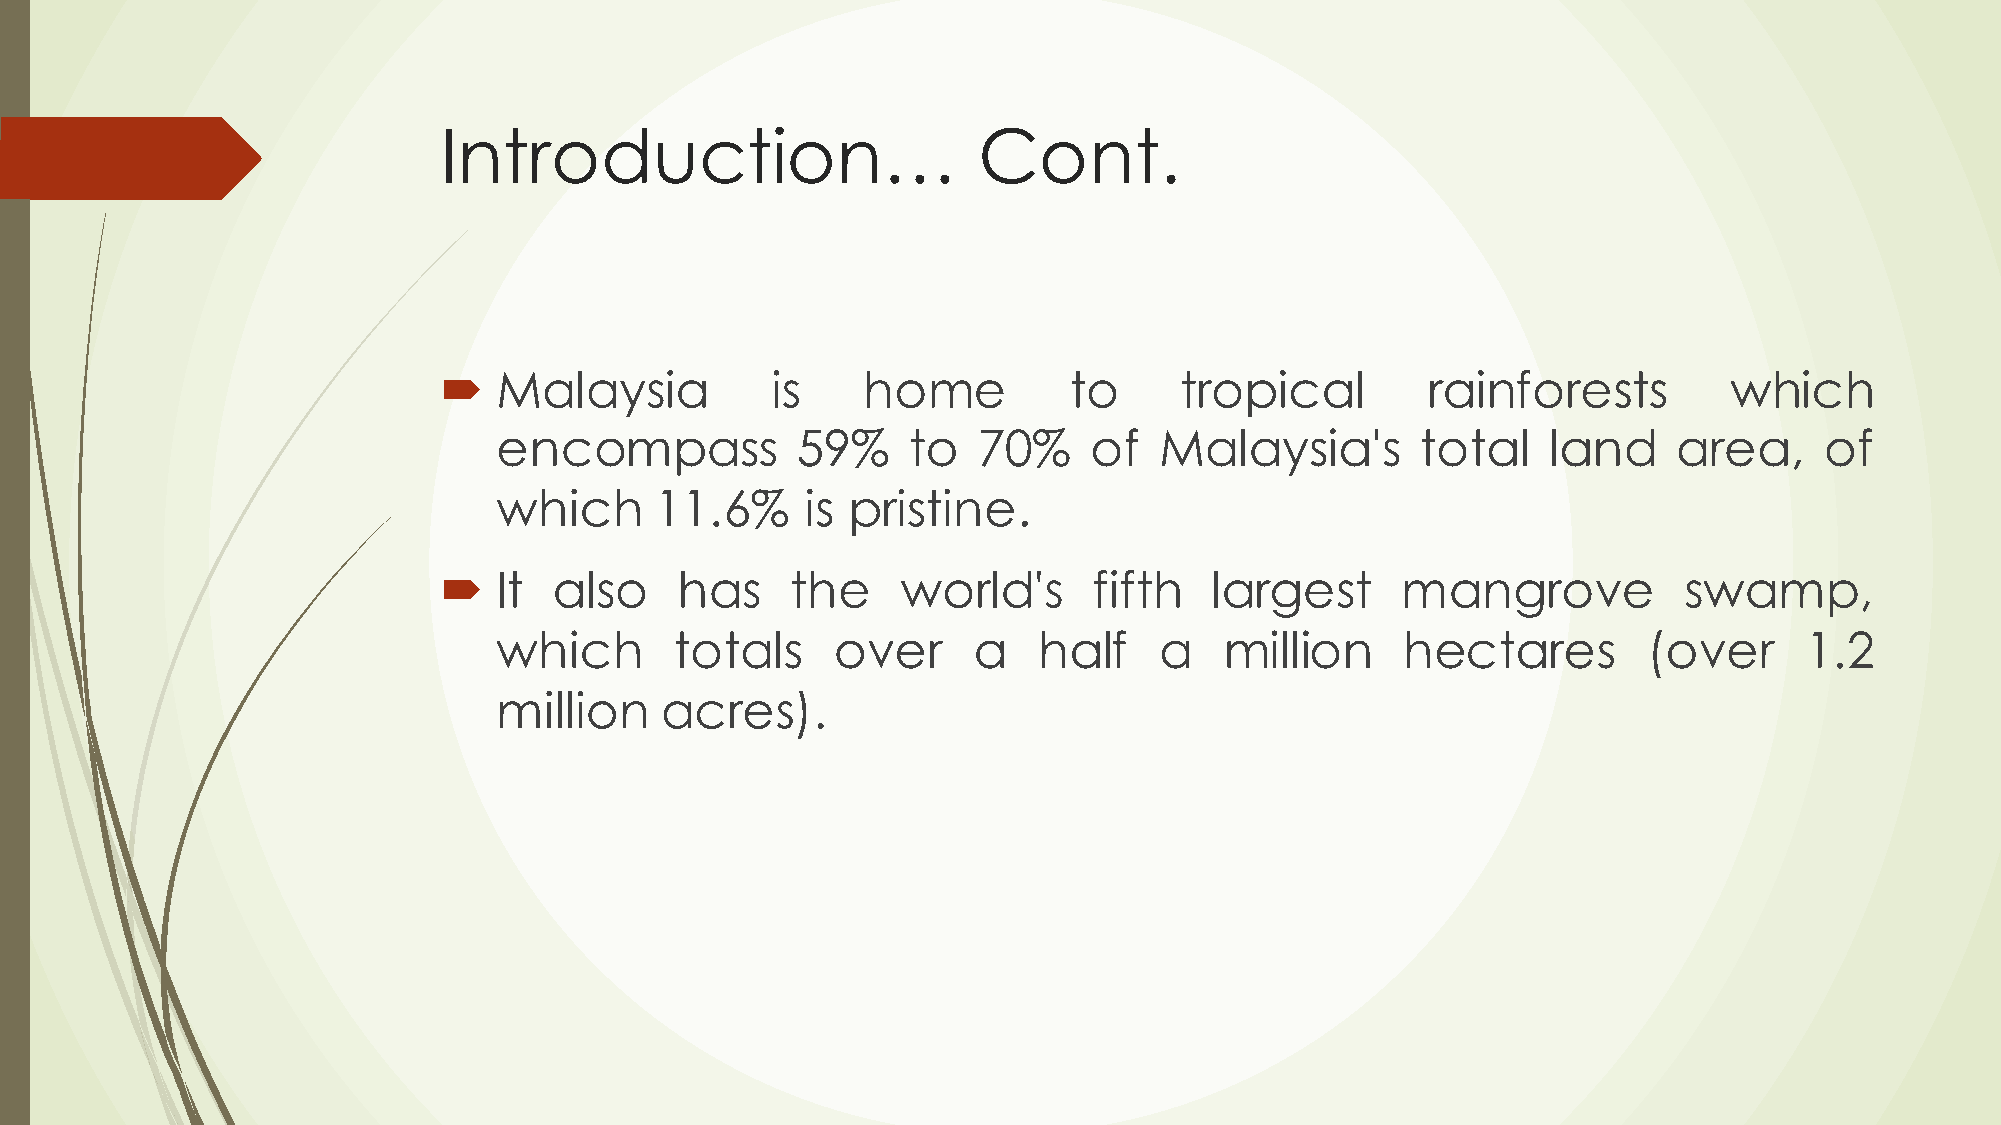
Introduction…                       Cont.
 ´  Malaysia          is    home          to     tropical        rainforests         which
 encompass           59%    to   70%    of   Malaysia's       total   land     area,     of
 which     11.6%     is pristine.
 ´  It  also    has    the     world's     fifth   largest      mangrove          swamp,
 which       totals    over     a    half    a   million     hectares        (over     1.2
 million    acres).